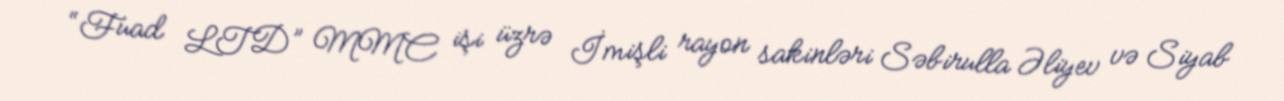
“Fuad LTD” MMC işi üzrə İmişli rayon sakinləri Səbirulla Əliyev və Siyab